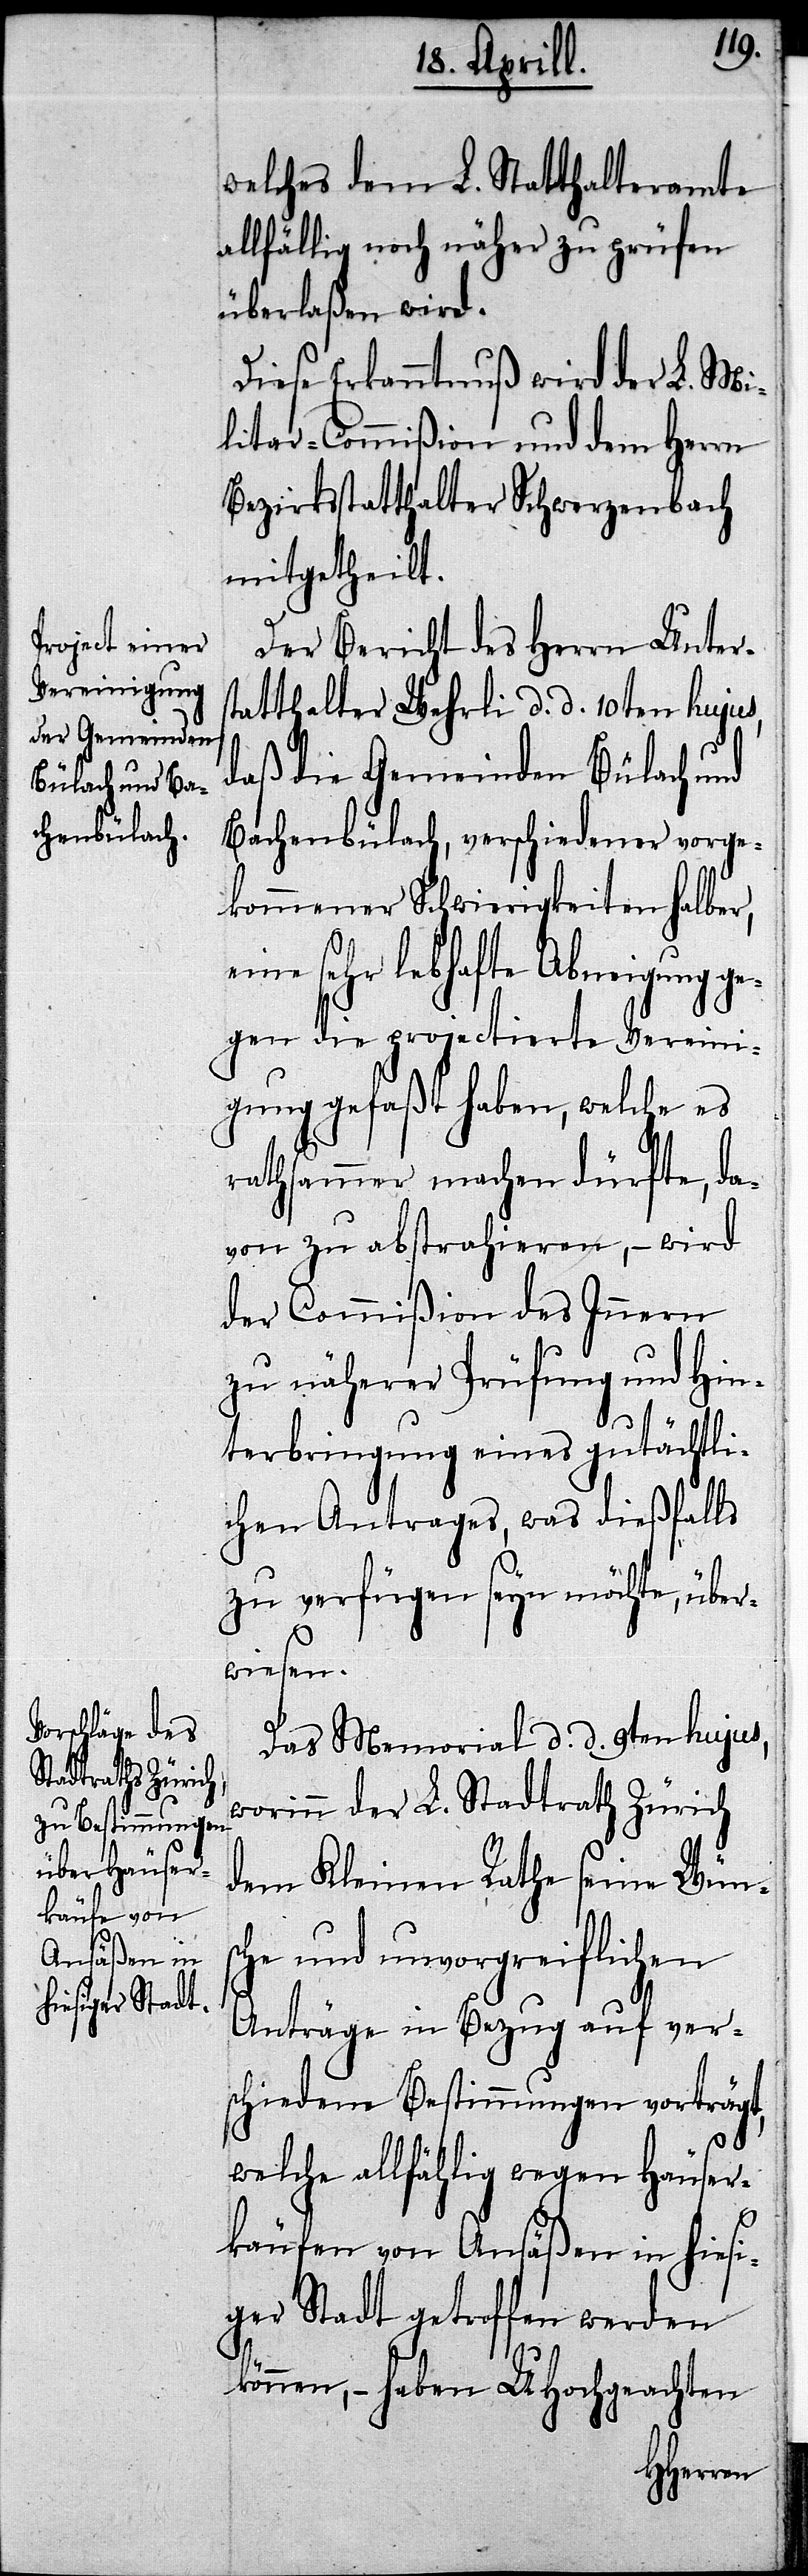
welches dem L. Statthalteramte
allfällig noch näher zu prüfen
überlaßen wird.
Diese Erkanntnuß wird der L. Mi¬
litar-Commißion und dem Herrn
Bezirksstatthalter Schwerzenbach
mitgetheilt.
Der Bericht des Herrn Unters¬
tatthalter Wehrli d. d. 10ten hujus,
daß die Gemeinden Bülach und
Bachenbülach, verschiedener vorge¬
kommener Schwierigkeiten halber,
eine sehr lebhafte Abneigung ge¬
gen die projectierte Vereini¬
gung gefaßt haben, welche es
rathsamer machen dürfte, da¬
von zu abstrahieren,– wird
der Commißion des Innern
zu näherer Prüfung und Hin¬
terbringung eines gutächtli¬
chen Antrages, was dießfalls
zu verfügen seyn möchte, über¬
wiesen.
Das Memorial d. d. 9ten hujus,
worinn der L. Stadtrath Zürich
dem Kleinen Rathe seine Wün¬
sche und unvorgreiflichen
Anträge in Bezug auf ver¬
schiedene Bestimmungen vorträgt,
welche allfählig wegen Häuser¬
käufen von Ansäßen in hiesi¬
ger Stadt getroffen werden
können,– haben UHochgeachten